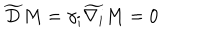
LaTeX: \widetilde { D } M = \gamma _ { i } \widetilde { \nabla _ { i } } M = 0